Tezpur Lunatic Asylum reports 1895-1904 - 1895-1904
Year: 1895
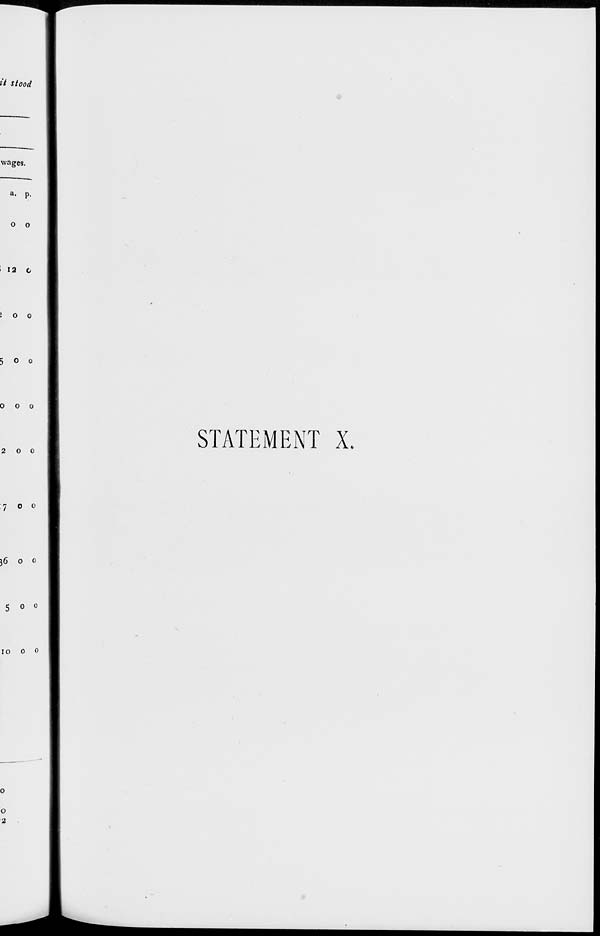
it stood
wages.
a. p.
o o
i 12 C
0 o
5 o o
0 0 0
2
0 0
7 0 0
j6 0 0
0 0
10 0 0
STATEMENT X.
o
2